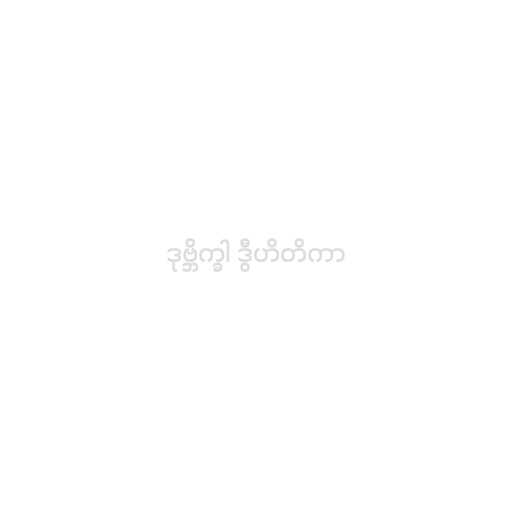
ဒုဗ္ဘိက္ခါ ဒွီဟိတိကာ